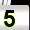
Digit: 5